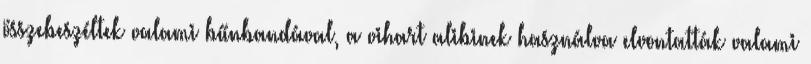
összebeszéltek valami bűnbandával, a vihart alibinek használva elvontatták valami